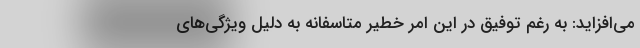
می‌افزاید: به رغم توفیق در این امر خطیر متاسفانه به دلیل ویژگی­‌های